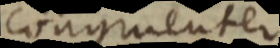
congruenter